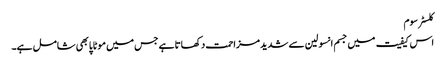
کلسٹر سوم
اس کیفیت میں جسم انسولین سے شدید مزاحمت دکھاتا ہے جس میں موٹاپا بھی شامل ہے۔